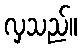
လှသည်။